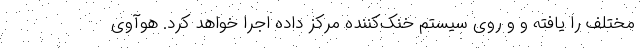
مختلف را یافته و و روی سیستم خنک‌کننده مرکز داده اجرا خواهد کرد. هوآوی